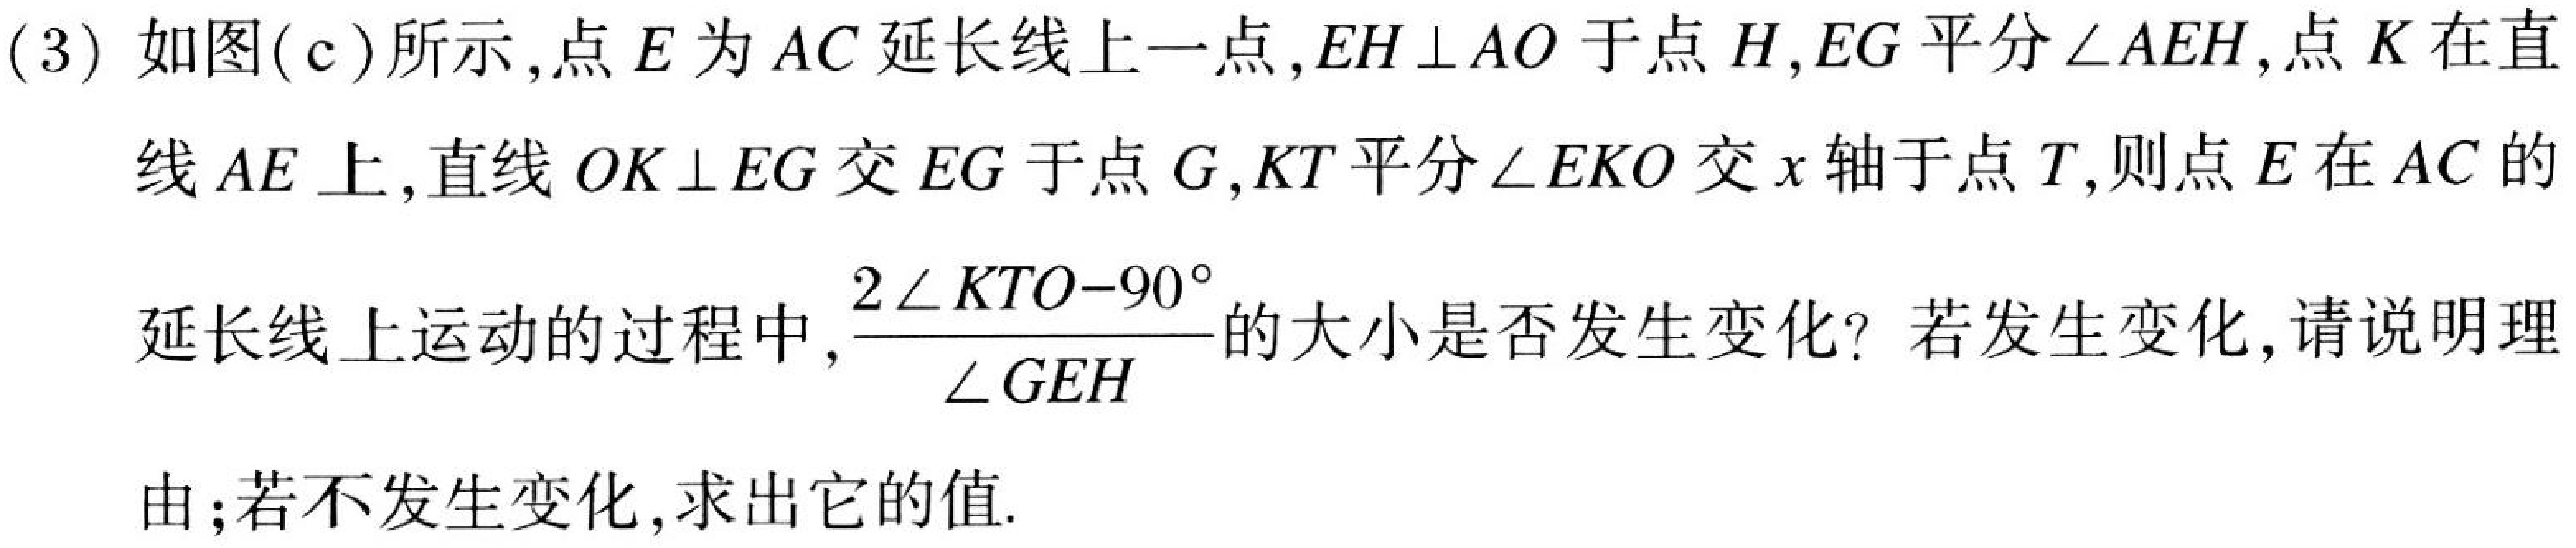
(3) 如图(c)所示,点 \(E\) 为 \(AC\) 延长线上一点,\(EH\perp AO\) 于点 \(H\),\(EG\) 平分 \(\angle AEH\),点 \(K\) 在直
线 \(AE\) 上,直线 \(OK\perp EG\) 交 \(EG\) 于点 \(G\),\(KT\) 平分 \(\angle EKO\) 交 \(x\) 轴于点 \(T\),则点 \(E\) 在 \(AC\) 的
延长线上运动的过程中,\(\frac{2\angle KTO - 90^{\circ}}{\angle GEH}\)的大小是否发生变化？若发生变化,请说明理
由;若不发生变化,求出它的值.